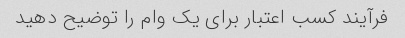
فرآیند کسب اعتبار برای یک وام را توضیح دهید